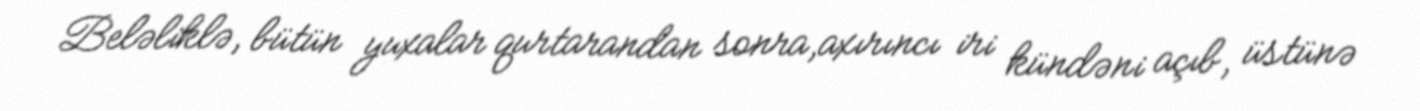
Beləliklə, bütün yuxalar qurtarandan sonra,axırıncı iri kündəni açıb, üstünə